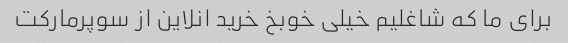
برای ما که شاغلیم خیلی خوبخ خرید انلاین از سوپرمارکت